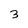
Character: 3